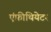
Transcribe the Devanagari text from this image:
एंफ़ीथियेटर